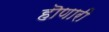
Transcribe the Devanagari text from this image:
हॊणारी